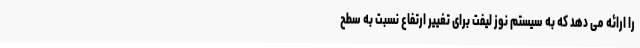
را ارائه می دهد که به سیستم نوز لیفت برای تغییر ارتفاع نسبت به سطح